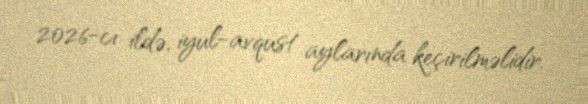
2026-cı ildə, iyul-avqust aylarında keçirilməlidir.